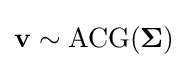
\mathbf {v} \sim \operatorname {ACG} ({\boldsymbol {\Sigma }})